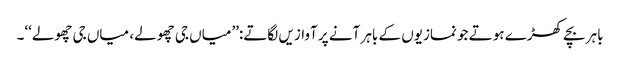
باہر بچے کھڑے ہوتے جو نمازیوں کے باہر آنے پر آوازیں لگاتے:’’میاں جی چھولے، میاں جی چھولے‘‘۔